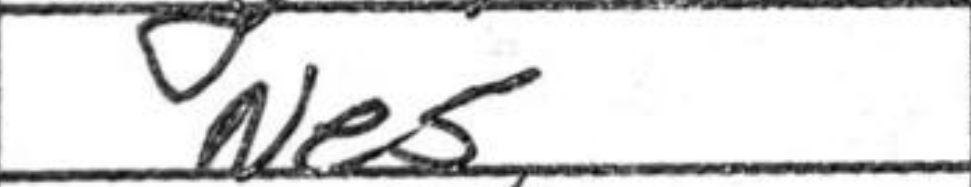
Transcription: Ne5